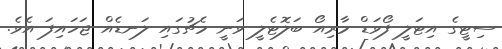
ސިޓީގެ އިޓަލީ ފޯވަޑް މާރިއޯ ބަލޮޓެލީ ވަނީ މެޗުގައި ލަނޑެއް ޖަހައިފަ އެވެ.